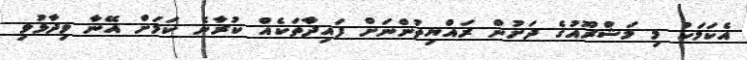
އެކަމަކު މި މަޝްރޫއުގެ ދަށުން ރައްޔިތުންނަށް ފައިދާތަކެއް ކުރާނެ ކަމަށް އޭނާ ވިދާޅުވި